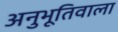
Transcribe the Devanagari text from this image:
अनुभूतिवाला